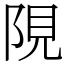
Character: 䧋